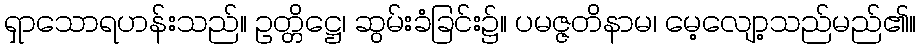
ရှာသောရဟန်းသည်။ ဥတ္တိဋ္ဌေ၊ ဆွမ်းခံခြင်း၌။ ပမဇ္ဇတိနာမ၊ မေ့လျော့သည်မည်၏။